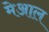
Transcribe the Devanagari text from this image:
मेआल